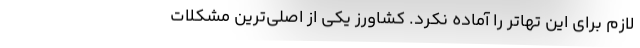
لازم برای این تهاتر را آماده نکرد. کشاورز یکی از اصلی‌ترین مشکلات